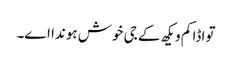
تواڈا کم ویکھ کے جی خوش ہوندا اے۔